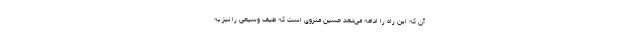
آن که این راه را ادامه می‌دهد حسین منزوی است که طیف وسیعی را نیز به